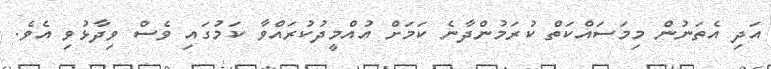
އަދި އެތަނުން މިމަސައްކަތް ކުރަމުންދާނެ ކަމަށް އުއްމީދުކުރައްވާ ކަމުގައި ވެސް ވިދާޅުވި އެވެ.